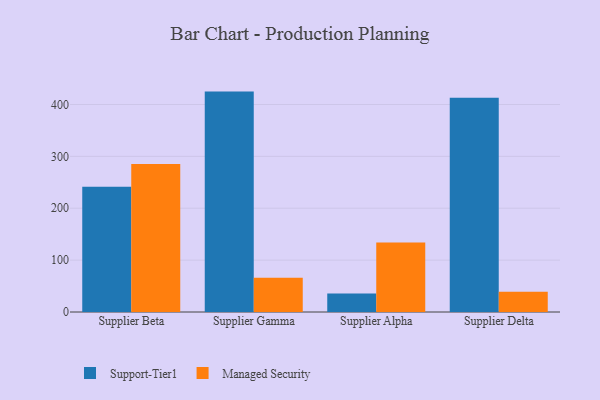
{"axis": {"x": "Supplier", "y": "Customer Acquisition Cost (USD)"}, "legend": ["Managed Security", "Support-Tier1"], "data": [{"x": "Supplier Beta", "y": 241.6, "type": "Support-Tier1"}, {"x": "Supplier Beta", "y": 285.3, "type": "Managed Security"}, {"x": "Supplier Gamma", "y": 424.8, "type": "Support-Tier1"}, {"x": "Supplier Gamma", "y": 66.0, "type": "Managed Security"}, {"x": "Supplier Alpha", "y": 35.7, "type": "Support-Tier1"}, {"x": "Supplier Alpha", "y": 133.9, "type": "Managed Security"}, {"x": "Supplier Delta", "y": 413.0, "type": "Support-Tier1"}, {"x": "Supplier Delta", "y": 38.8, "type": "Managed Security"}]}